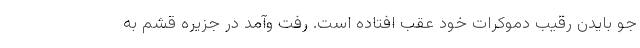
جو بایدن رقیب دموکرات خود عقب افتاده است. رفت وآمد در جزیره قشم به